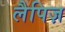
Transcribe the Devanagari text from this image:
लैपिज़